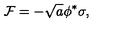
{ \cal F } = - \sqrt { a } \phi ^ { * } \sigma ,